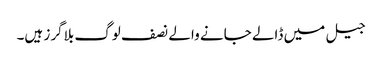
جیل میں ڈالے جانے والے نصف لوگ بلاگرز ہیں۔